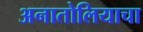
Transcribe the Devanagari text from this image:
अनातोलियाचा